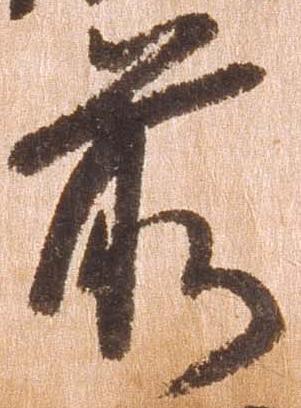
前